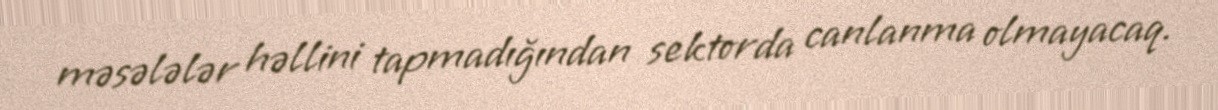
məsələlər həllini tapmadığından sektorda canlanma olmayacaq.